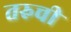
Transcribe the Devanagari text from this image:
तरुची